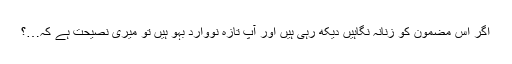
اگر اس مضمون کو زنانہ نگاہیں دیکھ رہی ہیں اور آپ تازہ نووارد بہو ہیں تو میری نصیحت ہے کہ…؟